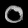
Digit: ၀